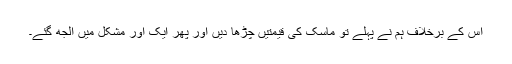
اس کے برخلاف ہم نے پہلے تو ماسک کی قیمتیں چڑھا دیں اور پھر ایک اور مشکل میں الجھ گئے۔